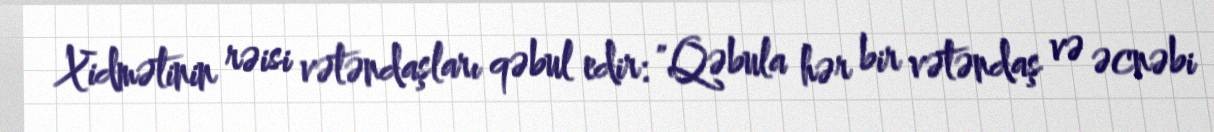
Xidmətinin rəisi vətəndaşları qəbul edir: "Qəbula hər bir vətəndaş və əcnəbi